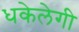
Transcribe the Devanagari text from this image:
धकेलेगी